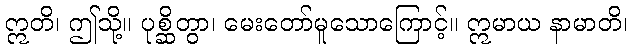
ဣတိ၊ ဤသို့။ ပုစ္ဆိတွာ၊ မေးတော်မူသောကြောင့်။ ဣမာယ နာမာတိ၊